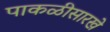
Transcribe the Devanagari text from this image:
पाकळीसारखे